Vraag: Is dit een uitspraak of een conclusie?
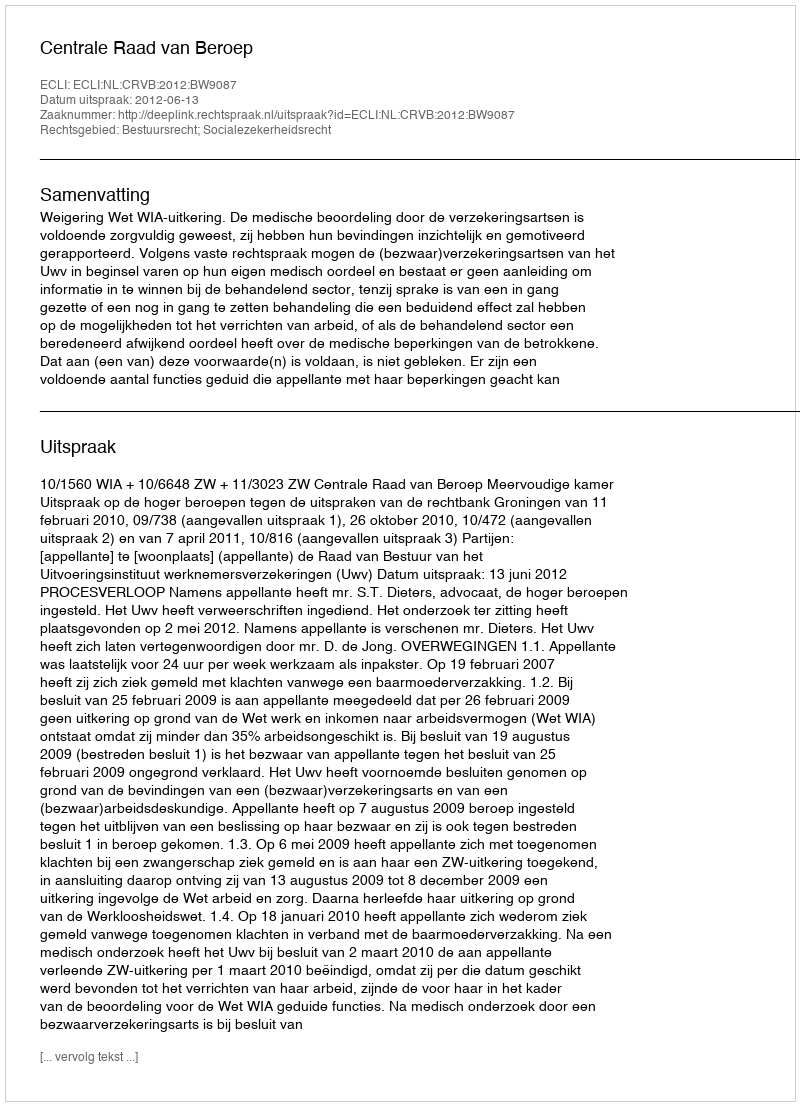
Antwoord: Uitspraak